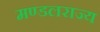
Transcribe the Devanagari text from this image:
मण्डलराज्य